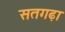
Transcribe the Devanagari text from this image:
सतगढ़ा